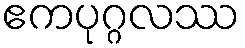
ဧကပုဂ္ဂလဿ